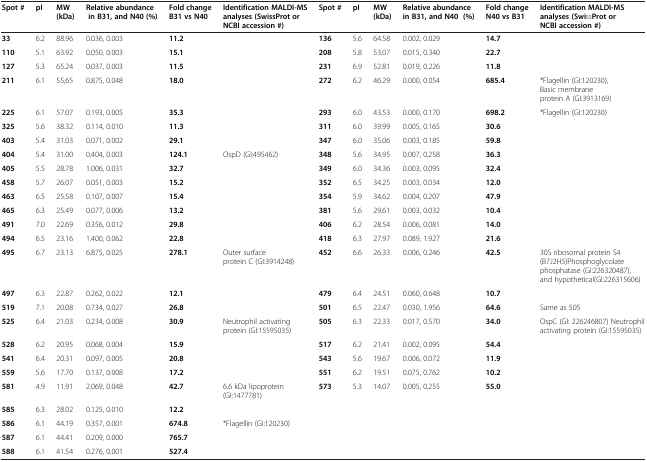
<table><thead><tr><td><b>Spot #</b></td><td><b>pI</b></td><td><b>MW (kDa)</b></td><td><b>Relative abundance in B31, and N40 (%)</b></td><td><b>Fold change B31 vs N40</b></td><td><b>Identification MALDI-MS analyses (SwissProt or NCBI accession #)</b></td><td><b>Spot #</b></td><td><b>pI</b></td><td><b>MW (kDa)</b></td><td><b>Relative abundance in B31, and N40 (%)</b></td><td><b>Fold change N40 vs B31</b></td><td><b>Identification MALDI-MS analyses (SwissProt or NCBI accession #)</b></td></tr></thead><tbody><tr><td><b>33</b></td><td>6.2</td><td>88.96</td><td>0.036, 0.003</td><td><b>11.2</b></td><td> </td><td><b>136</b></td><td>5.6</td><td>64.58</td><td>0.002, 0.029</td><td><b>14.7</b></td><td> </td></tr><tr><td><b>110</b></td><td>5.1</td><td>63.92</td><td>0.050, 0.003</td><td><b>15.1</b></td><td> </td><td><b>208</b></td><td>5.8</td><td>53.07</td><td>0.015, 0.340</td><td><b>22.7</b></td><td> </td></tr><tr><td><b>127</b></td><td>5.3</td><td>65.24</td><td>0.037, 0.003</td><td><b>11.5</b></td><td> </td><td><b>231</b></td><td>6.9</td><td>52.81</td><td>0.019, 0.226</td><td><b>11.8</b></td><td> </td></tr><tr><td><b>211</b></td><td>6.1</td><td>55,65</td><td>0.875, 0.048</td><td><b>18.0</b></td><td> </td><td><b>272</b></td><td>6.2</td><td>46.29</td><td>0.000, 0.054</td><td><b>685.4</b></td><td>*Flagellin (GI:120230), Basic membrane protein A (GI:3913169)</td></tr><tr><td><b>225</b></td><td>6.1</td><td>57.07</td><td>0.193, 0.005</td><td><b>35.3</b></td><td> </td><td><b>293</b></td><td>6.0</td><td>43.53</td><td>0.000, 0.170</td><td><b>698.2</b></td><td>*Flagellin (GI:120230)</td></tr><tr><td><b>325</b></td><td>5.6</td><td>38.32</td><td>0.114, 0.010</td><td><b>11.3</b></td><td> </td><td><b>311</b></td><td>6.0</td><td>39.99</td><td>0.005, 0.165</td><td><b>30.6</b></td><td> </td></tr><tr><td><b>403</b></td><td>5.4</td><td>31.03</td><td>0.071, 0.002</td><td><b>29.1</b></td><td> </td><td><b>347</b></td><td>6.0</td><td>35.06</td><td>0.003, 0.185</td><td><b>59.8</b></td><td> </td></tr><tr><td><b>404</b></td><td>5.4</td><td>31.00</td><td>0.404, 0.003</td><td><b>124.1</b></td><td>OspD (GI:495462)</td><td><b>348</b></td><td>5.6</td><td>34.95</td><td>0.007, 0.258</td><td><b>36.3</b></td><td> </td></tr><tr><td><b>405</b></td><td>5.5</td><td>28.78</td><td>1.006, 0.031</td><td><b>32.7</b></td><td> </td><td><b>349</b></td><td>6.0</td><td>34.36</td><td>0.003, 0.095</td><td><b>32.4</b></td><td> </td></tr><tr><td><b>458</b></td><td>5.7</td><td>26.07</td><td>0.051, 0.003</td><td><b>15.2</b></td><td> </td><td><b>352</b></td><td>6.5</td><td>34.25</td><td>0.003, 0.034</td><td><b>12.0</b></td><td> </td></tr><tr><td><b>463</b></td><td>6.5</td><td>25.58</td><td>0.107, 0.007</td><td><b>15.4</b></td><td> </td><td><b>354</b></td><td>5.9</td><td>34.62</td><td>0.004, 0.207</td><td><b>47.9</b></td><td> </td></tr><tr><td><b>465</b></td><td>6.3</td><td>25.49</td><td>0.077, 0.006</td><td><b>13.2</b></td><td> </td><td><b>381</b></td><td>5.6</td><td>29.61</td><td>0.003, 0.032</td><td><b>10.4</b></td><td> </td></tr><tr><td><b>491</b></td><td>7.0</td><td>22.69</td><td>0.356, 0.012</td><td><b>29.8</b></td><td> </td><td><b>406</b></td><td>6.2</td><td>28.54</td><td>0.006, 0.081</td><td><b>14.0</b></td><td> </td></tr><tr><td><b>494</b></td><td>6.5</td><td>23.16</td><td>1.400, 0.062</td><td><b>22.8</b></td><td> </td><td><b>418</b></td><td>6.3</td><td>27.97</td><td>0.089, 1.927</td><td><b>21.6</b></td><td> </td></tr><tr><td><b>495</b></td><td>6.7</td><td>23.13</td><td>6.875, 0.025</td><td><b>278.1</b></td><td>Outer surface protein C (GI:3914248)</td><td><b>452</b></td><td>6.6</td><td>26.33</td><td>0.006, 0.246</td><td><b>42.5</b></td><td>30S ribosomal protein S4 (B7J2H5)Phosphoglycolate phosphatase (GI:226320487), and hypothetical(GI:226315606)</td></tr><tr><td><b>497</b></td><td>6.3</td><td>22.87</td><td>0.262, 0.022</td><td><b>12.1</b></td><td> </td><td><b>479</b></td><td>6.4</td><td>24.51</td><td>0.060, 0.648</td><td><b>10.7</b></td><td> </td></tr><tr><td><b>519</b></td><td>7.1</td><td>20.08</td><td>0.734, 0.027</td><td><b>26.8</b></td><td> </td><td><b>501</b></td><td>6.5</td><td>22.47</td><td>0.030, 1.956</td><td><b>64.6</b></td><td>Same as 505</td></tr><tr><td><b>525</b></td><td>6.4</td><td>21.03</td><td>0.234, 0.008</td><td><b>30.9</b></td><td>Neutrophil activating protein (GI:15595035)</td><td><b>505</b></td><td>6.3</td><td>22.33</td><td>0.017, 0.570</td><td><b>34.0</b></td><td>OspC (GI: 226246807) Neutrophil activating protein (GI:15595035)</td></tr><tr><td><b>528</b></td><td>6.2</td><td>20.95</td><td>0.068, 0.004</td><td><b>15.9</b></td><td> </td><td><b>517</b></td><td>6.2</td><td>21.41</td><td>0.002, 0.095</td><td><b>54.4</b></td><td> </td></tr><tr><td><b>541</b></td><td>6.4</td><td>20.31</td><td>0.097, 0.005</td><td><b>20.8</b></td><td> </td><td><b>543</b></td><td>5.6</td><td>19.67</td><td>0.006, 0.072</td><td><b>11.9</b></td><td> </td></tr><tr><td><b>559</b></td><td>5.6</td><td>17.70</td><td>0.137, 0.008</td><td><b>17.2</b></td><td> </td><td><b>551</b></td><td>6.2</td><td>19.51</td><td>0.075, 0.762</td><td><b>10.2</b></td><td> </td></tr><tr><td><b>581</b></td><td>4.9</td><td>11.91</td><td>2.069, 0.048</td><td><b>42.7</b></td><td>6.6 kDa lipoprotein (GI:1477781)</td><td><b>573</b></td><td>5.3</td><td>14.07</td><td>0.005, 0.255</td><td><b>55.0</b></td><td> </td></tr><tr><td><b>585</b></td><td>6.3</td><td>28.02</td><td>0.125, 0.010</td><td><b>12.2</b></td><td> </td><td> </td><td> </td><td> </td><td> </td><td> </td><td> </td></tr><tr><td><b>586</b></td><td>6.1</td><td>44.19</td><td>0.357, 0.001</td><td><b>674.8</b></td><td>*Flagellin (GI:120230)</td><td> </td><td> </td><td> </td><td> </td><td> </td><td> </td></tr><tr><td><b>587</b></td><td>6.1</td><td>44.41</td><td>0.209, 0.000</td><td><b>765.7</b></td><td> </td><td> </td><td> </td><td> </td><td> </td><td> </td><td> </td></tr><tr><td><b>588</b></td><td>6.1</td><td>41.54</td><td>0.276, 0.001</td><td><b>527.4</b></td><td> </td><td> </td><td> </td><td> </td><td> </td><td> </td><td> </td></tr></tbody></table>